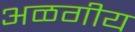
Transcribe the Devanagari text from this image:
अळगीय